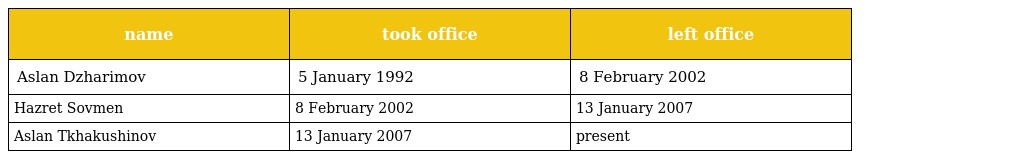
| name | took office | left office |
 | --- | --- | --- |
 | Aslan Dzharimov | 5 January 1992 | 8 February 2002 |
 | Hazret Sovmen | 8 February 2002 | 13 January 2007 |
 | Aslan Tkhakushinov | 13 January 2007 | present |